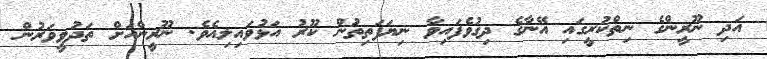
އަދި ނޫރީންގެ ނިތްކުރީގައި އޭނާގެ ދިގުވެފައިވާ ނިޔަފަތިތަުން ކޫރު އަޅުވައިލިއެވެ. ނޫރީންއަށް ތަދުވީވަރުން